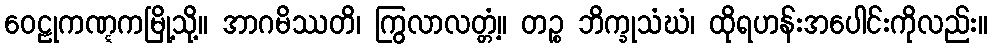
ဝေဠုကဏ္ဋကမြို့သို့။ အာဂမိဿတိ၊ ကြွလာလတ္တံ့။ တဉ္စ ဘိက္ခုသံဃံ၊ ထိုရဟန်းအပေါင်းကိုလည်း။